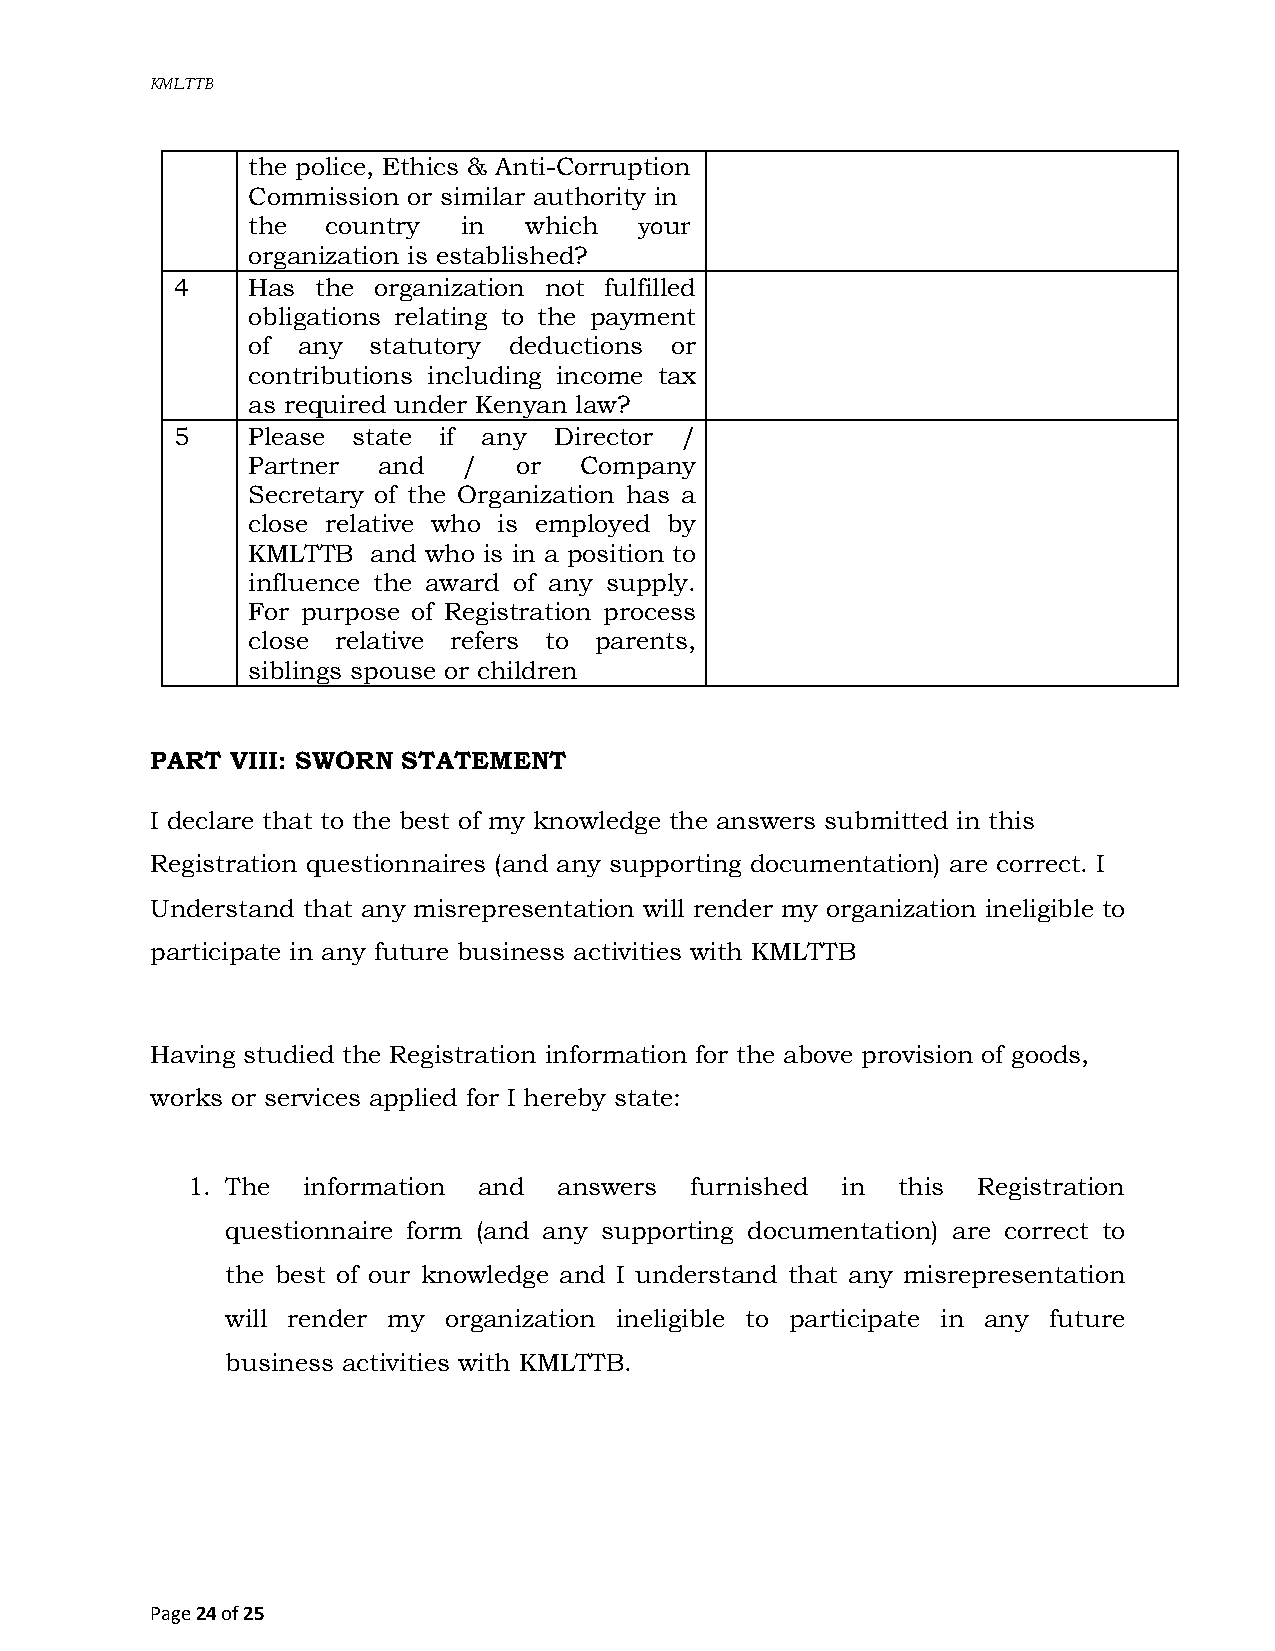
K MLTTB
 the police, Ethics & Anti-Corruption
 Commission or similar authority in
 the   country in   which  your
 organization is established?
 4    Has  the organization not fulfilled
 obligations relating to the payment
 of  any statutory deductions or
 contributions including income tax
 as required under Kenyan law?
 5    Please state if any  Director /
 Partner  and   /  or  Company
 Secretary of the Organization has a
 close relative who is employed by
 KMLTTB  and who is in a position to
 influence the award of any supply.
 For purpose of Registration process
 close relative refers to parents,
 siblings spouse or children
 PART VIII: SWORN STATEMENT
 I declare that to the best of my knowledge the answers submitted in this
 Registration questionnaires (and any supporting documentation) are correct. I
 Understand that any misrepresentation will render my organization ineligible to
 participate in any future business activities with KMLTTB
 Having studied the Registration information for the above provision of goods,
 works or services applied for I hereby state:
 1. The  information and  answers  furnished in this  Registration
 questionnaire form (and any supporting documentation) are correct to
 the best of our knowledge and I understand that any misrepresentation
 will render my organization ineligible to participate in any future
 business activities with KMLTTB.
 Page 24 of 25